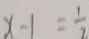
x - 1 = \frac { 1 } { 2 }